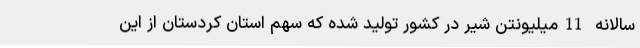
سالانه 11میلیونتن شیر در کشور تولید شده که سهم استان کردستان از این